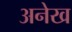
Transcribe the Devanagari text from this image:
अनेख